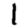
Digit: 1